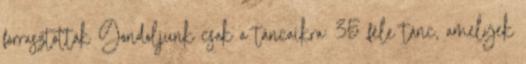
forrasztották Gondoljunk csak a táncaikra: 35 féle tánc, amelyek